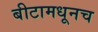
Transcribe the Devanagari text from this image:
बीटामधूनच